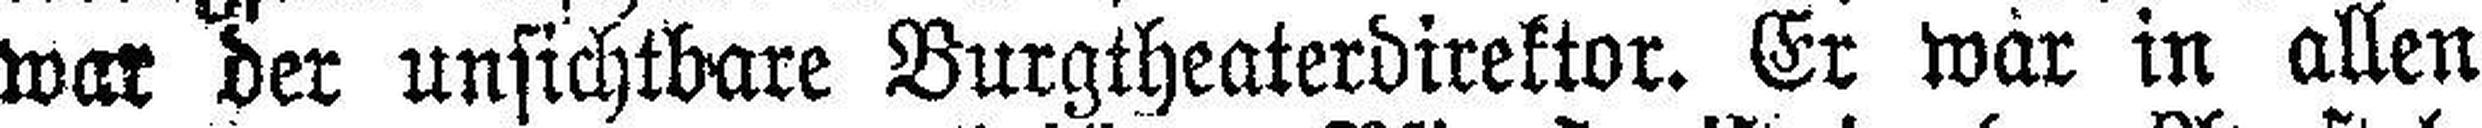
war der unsichtbare Burgtheaterdirektor. Er war in allen